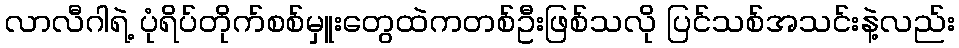
လာလီဂါရဲ့ ပုံရိပ်တိုက်စစ်မှူးတွေထဲကတစ်ဦးဖြစ်သလို ပြင်သစ်အသင်းနဲ့လည်း